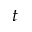
t